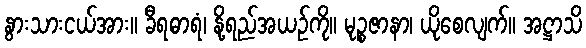
နွားသားငယ်အား။ ခီရဓာရံ၊ နို့ရည်အယဉ်ကို။ မုဉ္စဇာနာ၊ ယိုစေလျက်။ အဋ္ဌာသိ